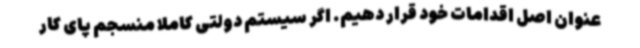
عنوان اصل اقدامات خود قرار دهیم. اگر سیستم دولتی کاملا منسجم پای کار